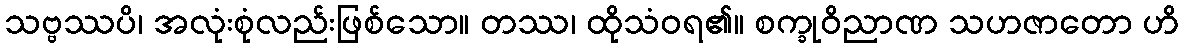
သဗ္ဗဿပိ၊ အလုံးစုံလည်းဖြစ်သော။ တဿ၊ ထိုသံဝရ၏။ စက္ခုဝိညာဏ သဟဇာတော ဟိ